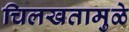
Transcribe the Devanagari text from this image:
चिलखतामुळे